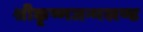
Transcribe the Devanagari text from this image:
श्रीकृष्णजन्मखण्ड